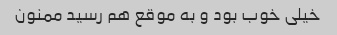
خیلی خوب بود و به موقع هم رسید ممنون